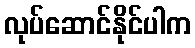
လုပ်ဆောင်နိုင်ပါက